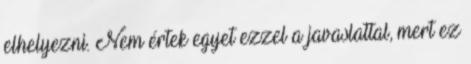
elhelyezni. Nem értek egyet ezzel a javaslattal, mert ez